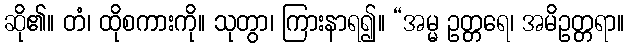
ဆို၏။ တံ၊ ထိုစကားကို။ သုတွာ၊ ကြားနာရ၍။ “အမ္မ ဥတ္တရေ၊ အမိဥတ္တရာ။